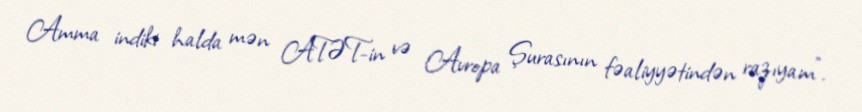
Amma indiki halda mən ATƏT-in və Avropa Şurasının fəaliyyətindən razıyam".